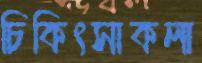
চিকিৎসাকলা